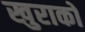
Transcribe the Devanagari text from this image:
खुराको